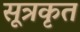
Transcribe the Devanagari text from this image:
सूत्रकृत